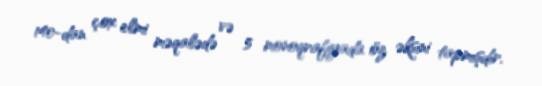
140-dan çox elmi məqalədə və 5 monoqrafiyada öz əksini tapmışdır.